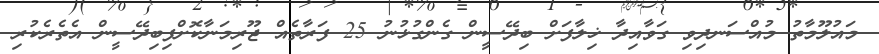
މައުލޫމާތު މުއްސަނދިވި ގަވާއިދާ ޚިލާފަށް ބިދޭސީން ގެންގުޅުނު 25 ފަރާތެއް ޖޫރިމަނާކޮށްފިބިދޭސީން އެތެރެކުރި